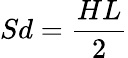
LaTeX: Sd=\frac{HL}{2}